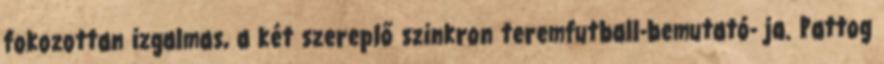
fokozottan izgalmas, a két szereplő szinkron teremfutball-bemutató- ja. Pattog